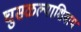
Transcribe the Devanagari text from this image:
घुसळल्याशिवाय